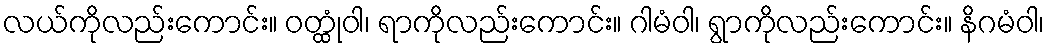
လယ်ကိုလည်းကောင်း။ ဝတ္ထုံဝါ၊ ရာကိုလည်းကောင်း။ ဂါမံဝါ၊ ရွာကိုလည်းကောင်း။ နိဂမံဝါ၊